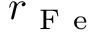
r _ { \mathrm { ~ F ~ e ~ } }